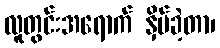
လူတွင်းအရောက် နှိမ်ခဲ့တာ၊